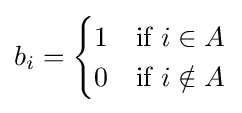
b_{i}={\begin{cases}1&{\text{if }}i\in A\\0&{\text{if }}i\notin A\end{cases}}